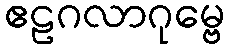
ဧဠဂလာဂုမ္ဗေ